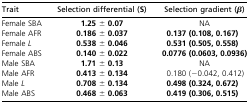
<table><thead><tr><td><b>Trait</b></td><td><b>Selection differential (S)</b></td><td><b>Selection gradient (<i>β</i>)</b></td></tr></thead><tbody><tr><td>Female SBA</td><td><b>1.25 ± 0.07</b></td><td>NA</td></tr><tr><td>Female AFR</td><td><b>0.186 ± 0.037</b></td><td><b>0.137 (0.108, 0.167)</b></td></tr><tr><td>Female <i>L</i></td><td><b>0.538 ± 0.046</b></td><td><b>0.531 (0.505, 0.558)</b></td></tr><tr><td>Female ABS</td><td><b>0.140 ± 0.022</b></td><td><b>0.0776 (0.0603, 0.0936)</b></td></tr><tr><td>Male SBA</td><td><b>1.71 ± 0.13</b></td><td>NA</td></tr><tr><td>Male AFR</td><td><b>0.413 ± 0.134</b></td><td>0.180 (−0.042, 0.412)</td></tr><tr><td>Male <i>L</i></td><td><b>0.708 ± 0.134</b></td><td><b>0.498 (0.324, 0.672)</b></td></tr><tr><td>Male ABS</td><td><b>0.468 ± 0.063</b></td><td><b>0.419 (0.306, 0.515)</b></td></tr></tbody></table>